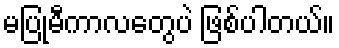
မပြုမီကာလတွေပဲ ဖြစ်ပါတယ်။